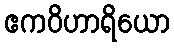
ဧကဝိဟာရိယော